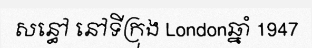
សន្ធៅ នៅទីក្រុង Londonឆ្នាំ 1947